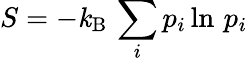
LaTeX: S=-\mathit{k}_{\mathrm{{B}}}\, \sum_{i}p_{i}\ln\, p_{i}